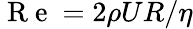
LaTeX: \mathrm{~R~e~}=2\rho UR/\eta